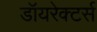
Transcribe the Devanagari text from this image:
डॉयरेक्टर्स